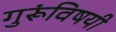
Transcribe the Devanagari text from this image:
गुरूंविषयी